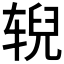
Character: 𫐐